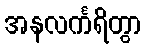
အနလင်္ကရိတွာ